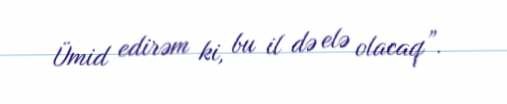
Ümid edirəm ki, bu il də elə olacaq”.